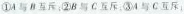
①A 与 B 互斥；②B 与 C 互斥；③A 与 C 互斥；